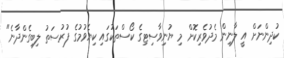
ކުދިންނަށް އީ ލާނިން މެދުވެރިކޮށް މި ޔުނިވާސިޓިގެ ކޯސްތަކުގައި ކިޔެވުމުގެ ފުރުސަތު ލިިބިގެންދާނެ"